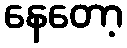
နေတော့